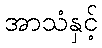
အာသံနှင့်